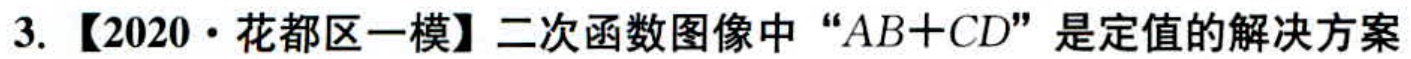
3. 【2020·花都区一模】二次函数图像中 “\(AB + CD\)” 是定值的解决方案